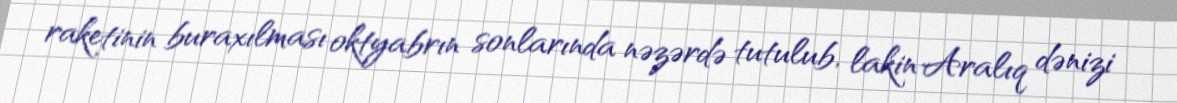
raketinin buraxılması oktyabrın sonlarında nəzərdə tutulub, lakin Aralıq dənizi